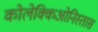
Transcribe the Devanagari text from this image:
कोलेक्किओनिस्तास